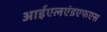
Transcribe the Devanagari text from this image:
आईएलएंडएफएस